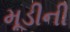
મૂડીની